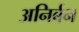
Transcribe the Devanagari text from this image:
अनिर्बन